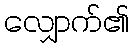
လျှောက်၏